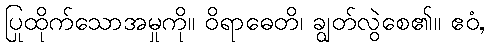
ပြုထိုက်သောအမှုကို။ ဝိရာဓေတိ၊ ချွတ်လွဲစေ၏။ ဧဝံ,